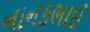
નાનકભાઈ